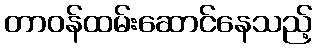
တာဝန်ထမ်းဆောင်နေသည့်